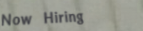
Now Hiring